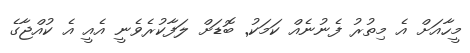
މީހާއަށް އެ މިތުރު ފެނުނެއް ކަމަކު